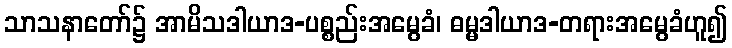
သာသနာတော်၌ အာမိသဒါယာဒ-ပစ္စည်းအမွေခံ၊ ဓမ္မဒါယာဒ-တရားအမွေခံဟူ၍